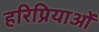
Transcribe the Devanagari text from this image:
हरिप्रियाओं